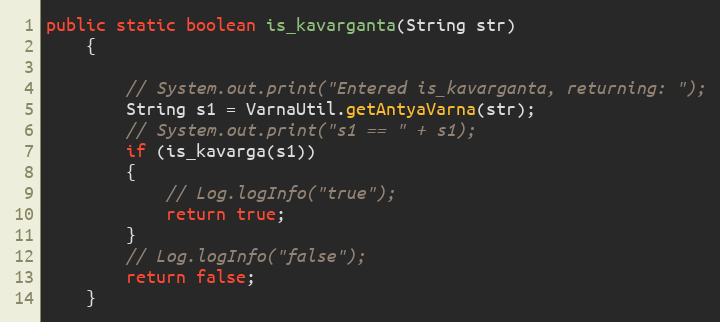
Language: Java
public static boolean is_kavarganta(String str)
    {

        // System.out.print("Entered is_kavarganta, returning: ");
        String s1 = VarnaUtil.getAntyaVarna(str);
        // System.out.print("s1 == " + s1);
        if (is_kavarga(s1))
        {
            // Log.logInfo("true");
            return true;
        }
        // Log.logInfo("false");
        return false;
    }